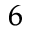
^ 6